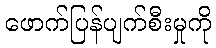
ဖောက်ပြန်ပျက်စီးမှုကို